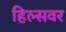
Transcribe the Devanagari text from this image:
हिल्सवर